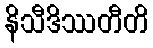
နိသီဒိဿတီတိ